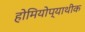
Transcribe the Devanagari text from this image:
होमियोप्याथीक